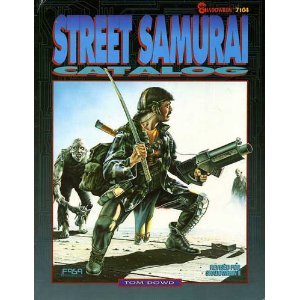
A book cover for Street Samurai Catalog/Shadowrun 7104; Tom Dowd; Science Fiction & Fantasy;